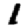
Digit: 1